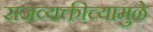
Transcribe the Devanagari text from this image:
राजव्यक्तीच्यामुळे